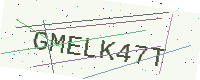
Text: GMELK47T